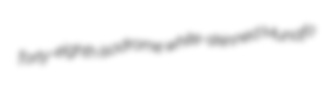
forty-eighth isodrome white-skinned Munafo